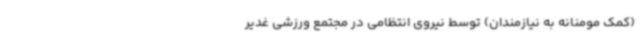
(کمک مومنانه به نیازمندان) توسط نیروی انتظامی در مجتمع ورزشی غدیر